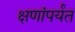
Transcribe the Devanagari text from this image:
क्षणांपर्यंत